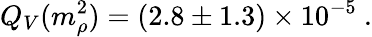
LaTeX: Q_{V}(m_{\rho}^{2})=(2.8\pm 1.3)\times 10^{-5}\ .